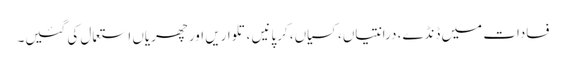
فسادات میں ڈنڈے، درانتیاں، کسیاں، کرپانیں ،تلواریں اور چھریاں استعمال کی گئیں۔